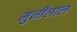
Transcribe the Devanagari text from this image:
मुनीलाल